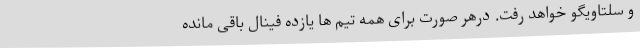
و سلتاویگو خواهد رفت. درهر صورت برای همه تیم ها یازده فینال باقی مانده